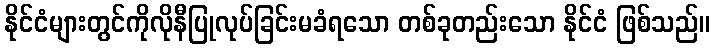
နိုင်ငံများတွင်ကိုလိုနီပြုလုပ်ခြင်းမခံရသော တစ်ခုတည်းသော နိုင်ငံ ဖြစ်သည်။